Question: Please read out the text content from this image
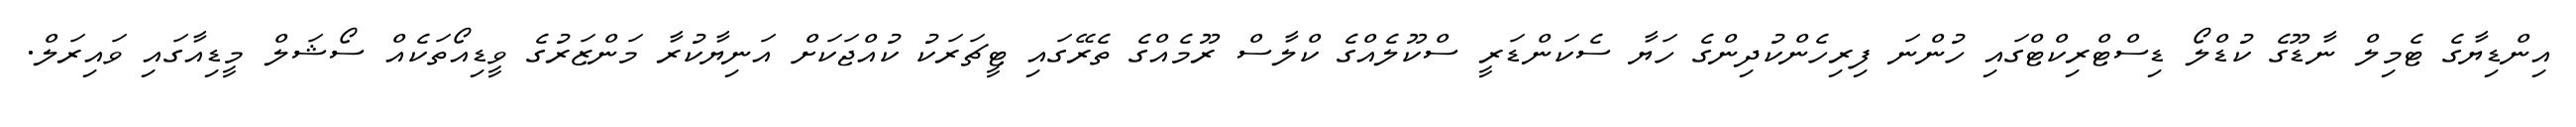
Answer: އިންޑިޔާގެ ޓެމިލް ނާޑޫގެ ކުޑްލޯ ޑިސްޓްރިކްޓްގައި ހުންނަ ފިރިހެންކުދިންގެ ހަޔާ ސެކަންޑަރީ ސްކޫލެއްގެ ކްލާސް ރޫމެއްގެ ތެރޭގައި ޓީޗަރަކު ކުއްޖަކަށް އަނިޔާކުރާ މަންޒަރުގެ ވީޑިއޯތަކެއް ސޯޝަލް މީޑިއާގައި ވައިރަލް.